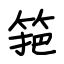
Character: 筢